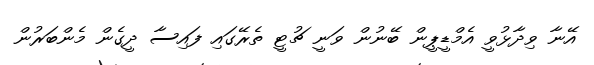
އޭނާ ވިދާޅުވީ އެމްޑީޕީން ބޭނުން ވަނީ ޗުޓީ ތެރޭގައި ފައިސާ ދީގެން މެންބަރުން